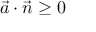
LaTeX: { \vec { a } } \cdot { \vec { n } } \geq 0